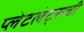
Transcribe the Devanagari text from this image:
प्लेटलेट्‌सची